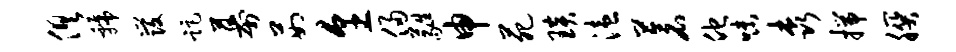
俱虢发距幕茹烹侵蕤申苑琰溘苍他味森揣朕